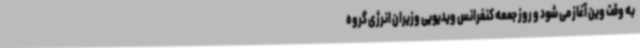
به وقت وین آغاز می شود و روز جمعه کنفرانس ویدیویی وزیران انرژی گروه